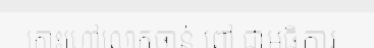
កោះហៅលោកចាន់ ពៅ ជាអធិការ